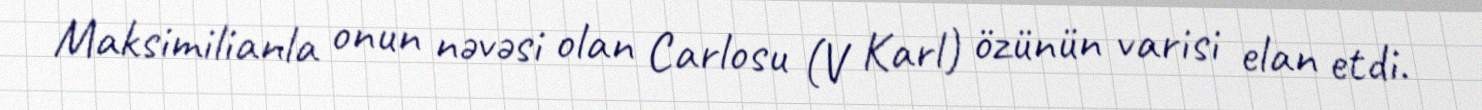
Maksimilianla onun nəvəsi olan Carlosu (V Karl) özünün varisi elan etdi.